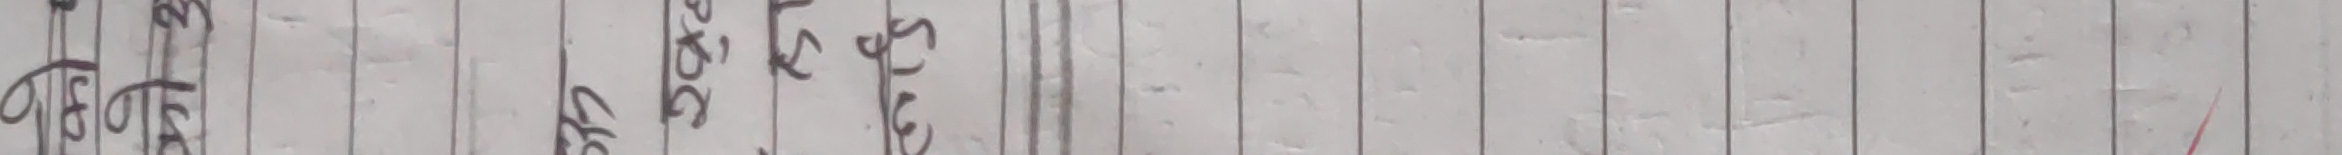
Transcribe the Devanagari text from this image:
एकाएक LLC लेटाउटर